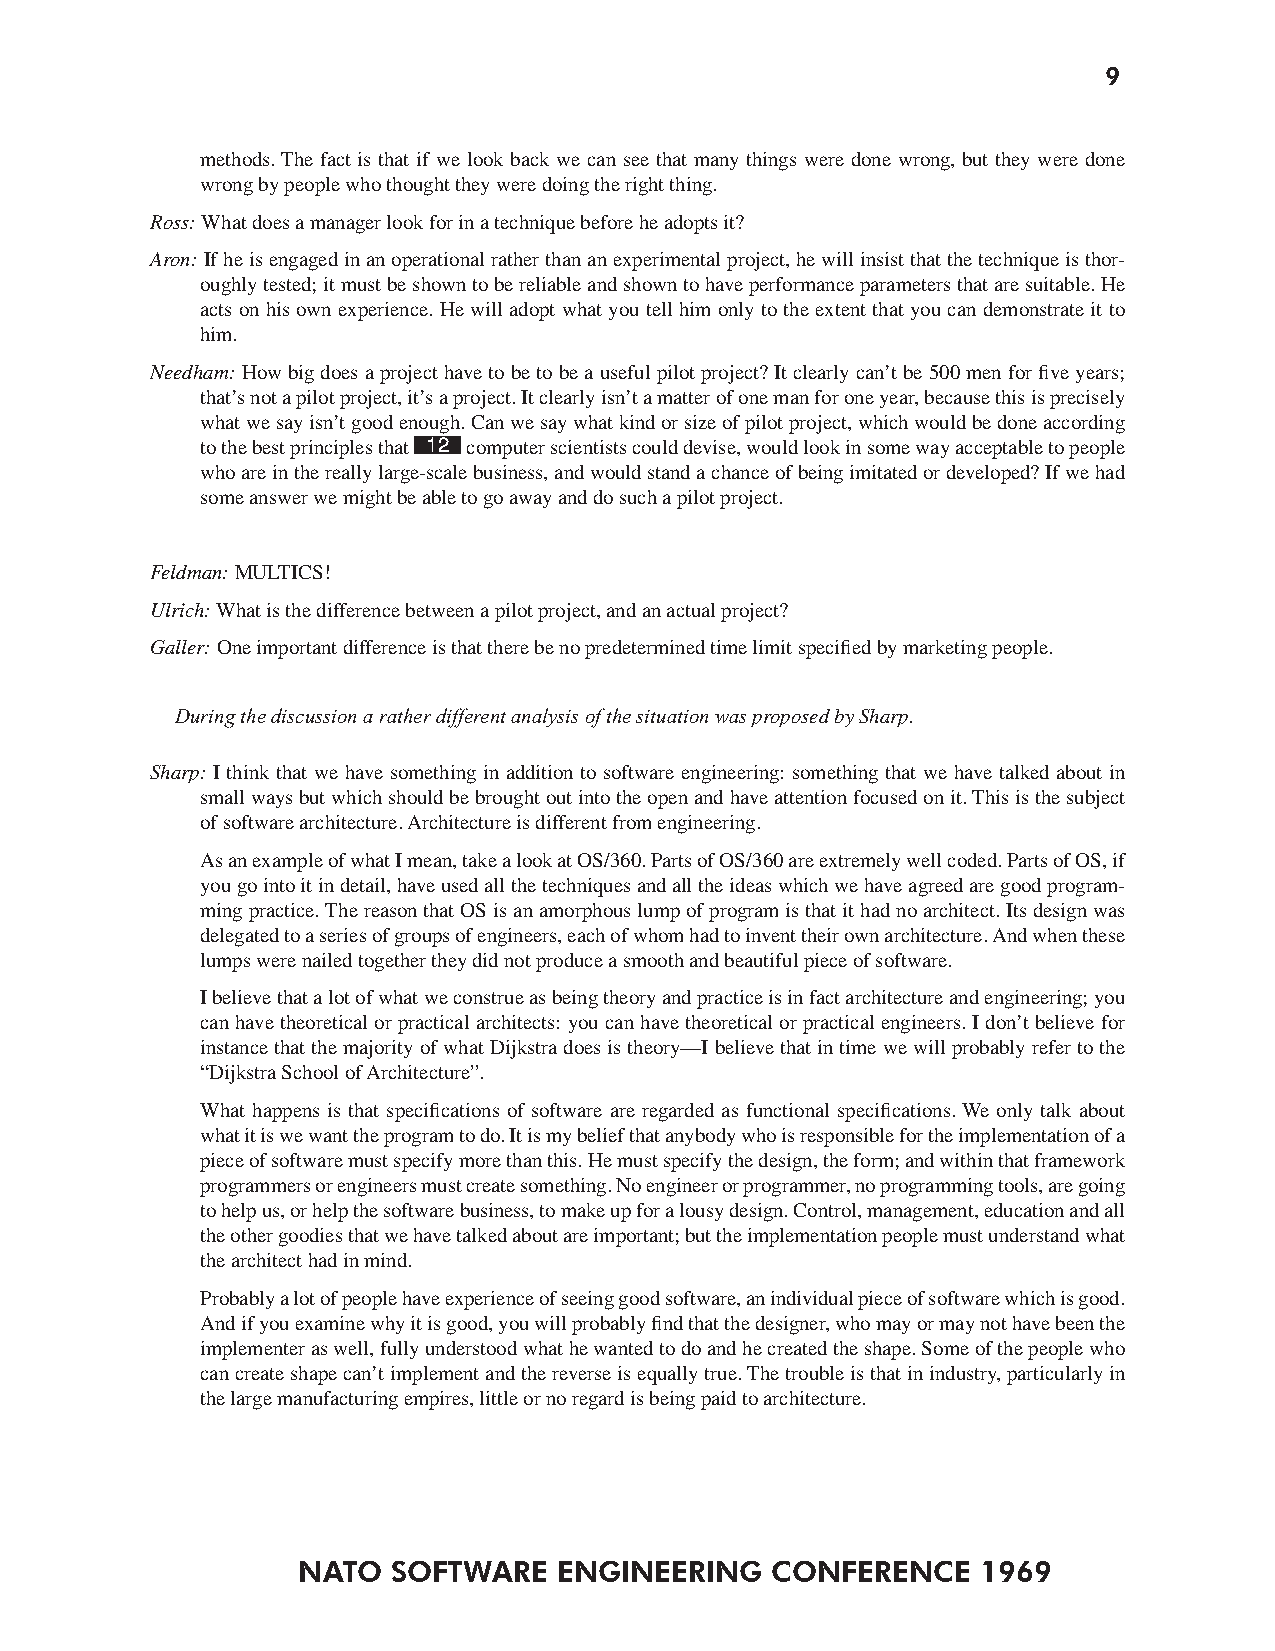
9
 methods. The fact is that if we look back we can see that many things were done wrong, but they were done
 wrong by people who thought they were doing the right thing.
 Ross: What does a manager look for in a technique before he adopts it?
 Aron: If he is engaged in an operational rather than an experimental project, he will insist that the technique is thor-
 oughly tested; it must be shown to be reliable and shown to have performance parameters that are suitable. He
 acts on his own experience. He will adopt what you tell him only to the extent that you can demonstrate it to
 him.
 Needham: How big does a project have to be to be a useful pilot project? It clearly can’t be 500 men for five years;
 that’s not a pilot project, it’s a project. It clearly isn’t a matter of one man for one year, because this is precisely
 what we say isn’t good enough. Can we say what kind or size of pilot project, which would be done according
 to the best principles that 12 computer scientists could devise, would look in some way acceptable to people
 who are in the really large-scale business, and would stand a chance of being imitated or developed? If we had
 some answer we might be able to go away and do such a pilot project.
 Feldman: MULTICS!
 Ulrich: What is the difference between a pilot project, and an actual project?
 Galler: One important difference is that there be no predetermined time limit specified by marketing people.
 During the discussion a rather different analysis of the situation was proposed by Sharp.
 Sharp: I think that we have something in addition to software engineering: something that we have talked about in
 small ways but which should be brought out into the open and have attention focused on it. This is the subject
 of software architecture. Architecture is different from engineering.
 As an example of what I mean, take a look at OS/360. Parts of OS/360 are extremely well coded. Parts of OS, if
 you go into it in detail, have used all the techniques and all the ideas which we have agreed are good program-
 ming practice. The reason that OS is an amorphous lump of program is that it had no architect. Its design was
 delegated to a series of groups of engineers, each of whom had to invent their own architecture. And when these
 lumps were nailed together they did not produce a smooth and beautiful piece of software.
 I believe that a lot of what we construe as being theory and practice is in fact architecture and engineering; you
 can have theoretical or practical architects: you can have theoretical or practical engineers. I don’t believe for
 instance that the majority of what Dijkstra does is theory—I believe that in time we will probably refer to the
 “Dijkstra School of Architecture”.
 What happens is that specifications of software are regarded as functional specifications. We only talk about
 what it is we want the program to do. It is my belief that anybody who is responsible for the implementation of a
 piece of software must specify more than this. He must specify the design, the form; and within that framework
 programmers or engineers must create something. No engineer or programmer, no programming tools, are going
 to help us, or help the software business, to make up for a lousy design. Control, management, education and all
 the other goodies that we have talked about are important; but the implementation people must understand what
 the architect had in mind.
 Probably a lot of people have experience of seeing good software, an individual piece of software which is good.
 And if you examine why it is good, you will probably find that the designer, who may or may not have been the
 implementer as well, fully understood what he wanted to do and he created the shape. Some of the people who
 can create shape can’t implement and the reverse is equally true. The trouble is that in industry, particularly in
 the large manufacturing empires, little or no regard is being paid to architecture.
 NATO  SOFTWARE   ENGINEERING   CONFERENCE    1969